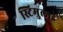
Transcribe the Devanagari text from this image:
स्टिमुलाई